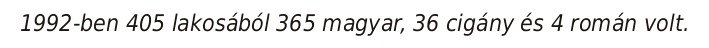
1992-ben 405 lakosából 365 magyar, 36 cigány és 4 román volt.